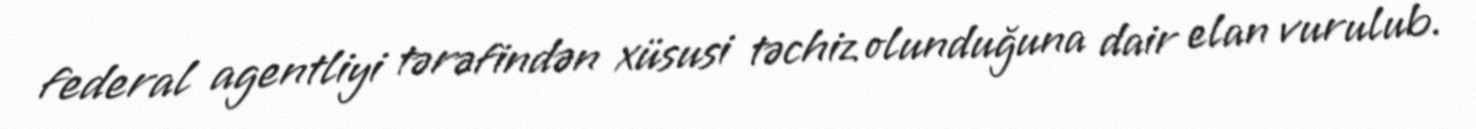
federal agentliyi tərəfindən xüsusi təchiz olunduğuna dair elan vurulub.